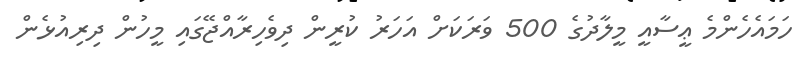
ހަމައެހެންމެ ޢީސާއީ މީލާދުގެ 500 ވަރަކަށް އަހަރު ކުރީން ދިވެހިރާއްޖޭގައި މީހުން ދިރިއުޅެން